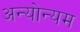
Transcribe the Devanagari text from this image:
अन्योन्यम